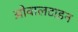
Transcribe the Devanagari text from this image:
ओवालटाइन